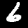
Label: 6